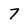
Character: 7